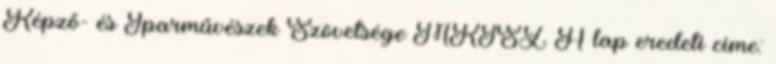
Képző- és Iparművészek Szövetsége MKISZ A lap eredeti címe: